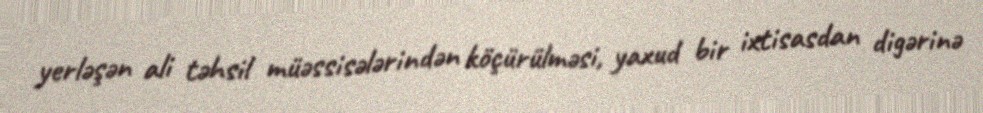
yerləşən ali təhsil müəssisələrindən köçürülməsi, yaxud bir ixtisasdan digərinə